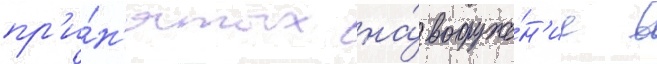
пр'и́н'ятых на́ вооруже́н'ие в